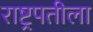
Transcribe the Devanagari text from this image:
राष्ट्रपतीला